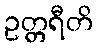
ဥတ္တရီတိ